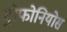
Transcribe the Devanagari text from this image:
ट्रोफोनियोस